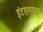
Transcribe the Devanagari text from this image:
इंटरस्पाइनस